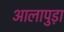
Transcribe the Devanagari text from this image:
आलापुड़ा